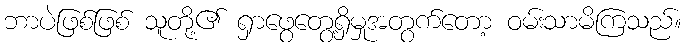
ဘာပဲဖြစ်ဖြစ် သူတို့၏ ရှာဖွေတွေ့ရှိမှုအတွက်တော့ ဝမ်းသာမိကြသည်။